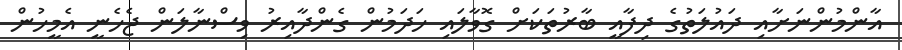
އާންމުންނަށާއި ދައުލަތުގެ ދިފާއީ ބާރުތަކަށް ގޮވާލައި ހަދަމުން ގެންދާއިރު ވިސްނާލަން ޖެހެނީ އެމީހުން